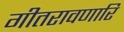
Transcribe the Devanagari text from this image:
गीतरावणारि